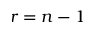
r = n - 1